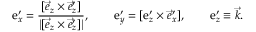
\boldsymbol { \mathrm { e } } _ { x } ^ { \prime } = \frac { [ \vec { e } _ { z } \times \vec { e } _ { z } ^ { \prime } ] } { | [ \vec { e } _ { z } \times \vec { e } _ { z } ^ { \prime } ] | } , \qquad \boldsymbol { \mathrm { e } } _ { y } ^ { \prime } = [ \boldsymbol { \mathrm { e } } _ { z } ^ { \prime } \times { \vec { e } _ { x } ^ { \prime } } ] , \qquad \boldsymbol { \mathrm { e } } _ { z } ^ { \prime } \equiv \vec { k } .